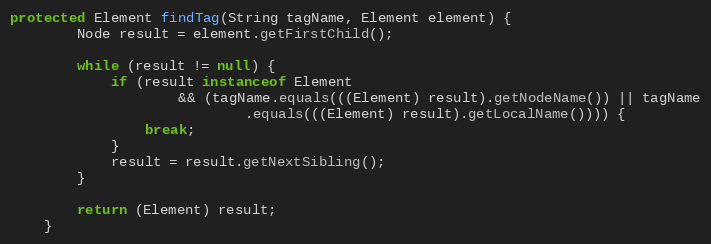
Language: Java
protected Element findTag(String tagName, Element element) {
        Node result = element.getFirstChild();

        while (result != null) {
            if (result instanceof Element
                    && (tagName.equals(((Element) result).getNodeName()) || tagName
                            .equals(((Element) result).getLocalName()))) {
                break;
            }
            result = result.getNextSibling();
        }

        return (Element) result;
    }